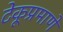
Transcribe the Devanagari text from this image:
टेकूप्रमाणे